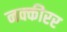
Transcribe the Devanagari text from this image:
नक्कीरर